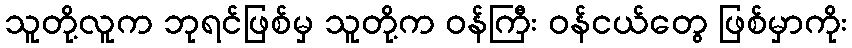
သူတို့လူက ဘုရင်ဖြစ်မှ သူတို့က ဝန်ကြီး ဝန်ငယ်တွေ ဖြစ်မှာကိုး